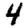
Digit: 4